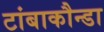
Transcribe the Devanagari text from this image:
टांबाकौन्डा